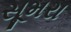
સૂમરા